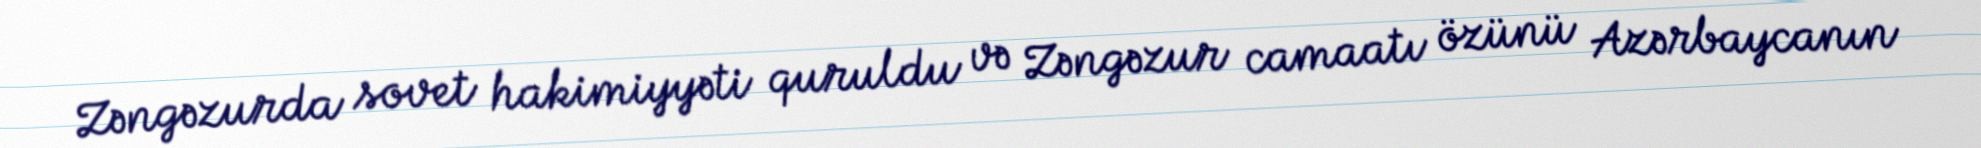
Zəngəzurda sovet hakimiyyəti quruldu və Zəngəzur camaatı özünü Azərbaycanın